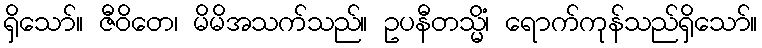
ရှိသော်။ ဇီဝိတေ၊ မိမိအသက်သည်။ ဥပနီတသ္မိံ၊ ရောက်ကုန်သည်ရှိသော်။